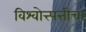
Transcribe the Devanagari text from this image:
विश्वोत्त्पत्तीचा